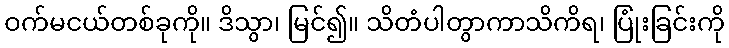
ဝက်မငယ်တစ်ခုကို။ ဒိသွာ၊ မြင်၍။ သိတံပါတွာကာသိကိရ၊ ပြုံးခြင်းကို